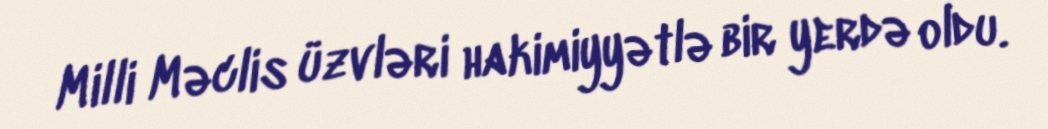
Milli Məclis üzvləri hakimiyyətlə bir yerdə oldu.